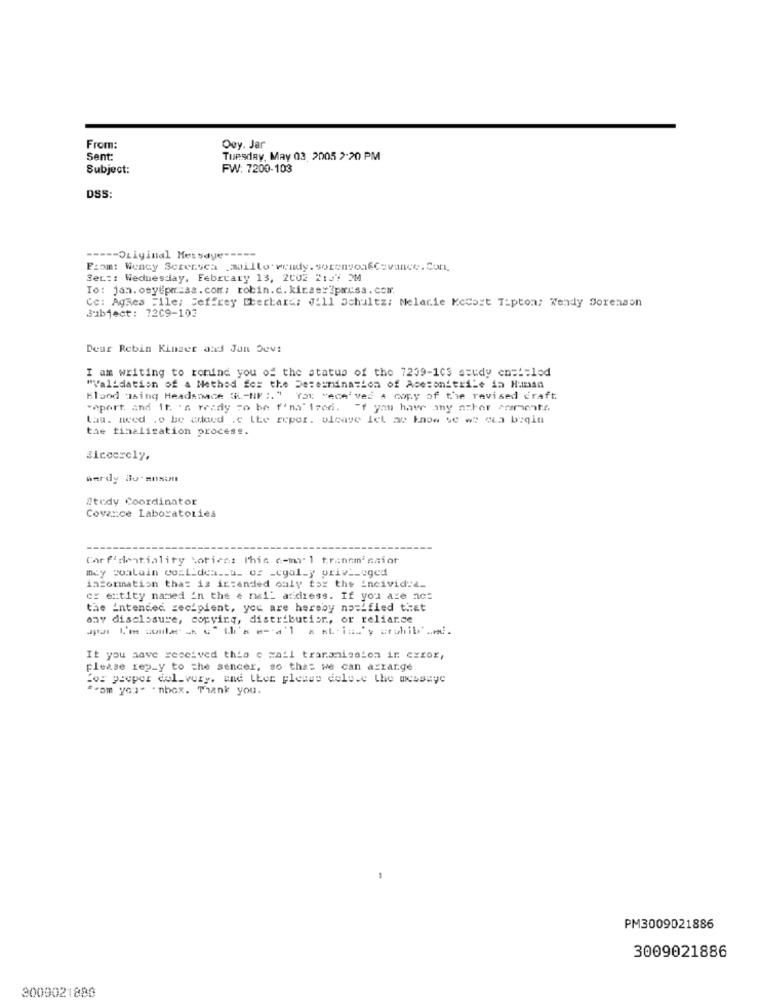
From:
Oey. Jar
Sent:
Tuesday, May 03. 2005 2:20 PM
Subject:
FW: 7200-103
DSS:
----- Original Message -----
From: Wendy Screesca millo. wendy. vorenvonfCevance. Con,
Set :: Wednesday, February 13, 2002 2:37 PM
To: jan. osyepmiss.com; robin.c. kirse:3prisa. com.
Cc: AgRes File: Jeffrey Eberhard: Jill Schultz: Melanie Kecost Tipton; Wendy Sorenson
Subject: 7209-103
Dear Rebin Kinser and Jon Dev:
I am writing to remind you of the status of the 7239-103 study entitled
"Validation of a Method for the Determination of Acesonitrile in Human
Blood using Headsnace 3L-NF :. " You "ece' ved A copy of the revised craft
vaport, and it. 's ready To be f'na' fred. "f you have any azher commentr.
Law. need .o be cdaed .e lhe reper. bleave let av know se we cia bogla
the finalization process.
Sincerely,
herdy Bo- muson
Study Coordinator
Covance Laboratories
Car fidentiality Lorient This e-mail trannm'saior
may contain cosLidem __ u_ of _cgal_y priv __ eged
information that is intended only for the incivid:4-
or entity named in the e mal_ address. If you are ac:
the intended recipient, you are hereby notified that
any disclosure, copying, distribution, or reliance
It you have received this e mail transmission in error,
please reply to the sencer, so that we can arrange
For peeper dol-vory, and LEer please delete the message
""om you" 'nbox. Thank you.
PM3009021886
3009021886
3009021880